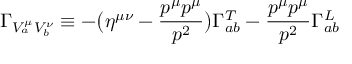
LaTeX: \Gamma _ { V _ { a } ^ { \mu } V _ { b } ^ { \nu } } \equiv - \bigl ( \eta ^ { \mu \nu } - { \frac { p ^ { \mu } p ^ { \mu } } { p ^ { 2 } } } \bigr ) \Gamma _ { a b } ^ { T } - { \frac { p ^ { \mu } p ^ { \mu } } { p ^ { 2 } } } \Gamma _ { a b } ^ { L }